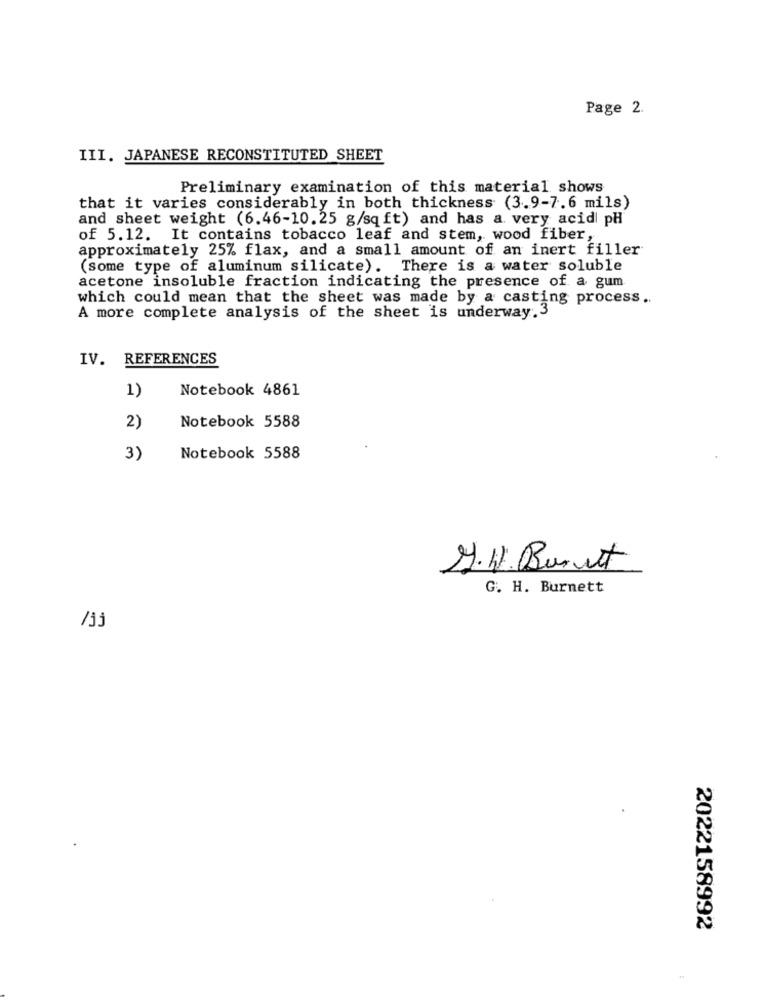
Page 2.
III. JAPANESE RECONSTITUTED SHEET
Preliminary examination of this material shows
that it varies considerably in both thickness (3.9-7.6 mils)
and sheet weight (6.46-10.25 g/sq ft) and has a very acid pH
of 5.12. It contains tobacco leaf and stem, wood fiber,
approximately 25% flax, and a small amount of an inert filler
(some type of aluminum silicate). There is a water soluble
acetone insoluble fraction indicating the presence of a gum
which could mean that the sheet was made by a casting process ..
A more complete analysis of the sheet is underway.3
IV. REFERENCES
1)
Notebook 4861
Notebook 5588
2)
3)
Notebook 5588
2.W. Buset
G. H. Burnett
/33
2022158992